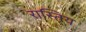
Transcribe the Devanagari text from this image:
रास्तिय